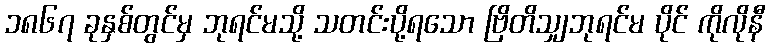
၁၈၆၇ ခုနှစ်တွင်မှ ဘုရင်မသို့ သတင်းပို့ရသော ဗြိတိသျှဘုရင်မ ပိုင် ကိုလိုနီ